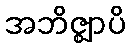
အဘိဇ္ဈာပိ